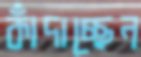
কাঁদাচ্ছেন